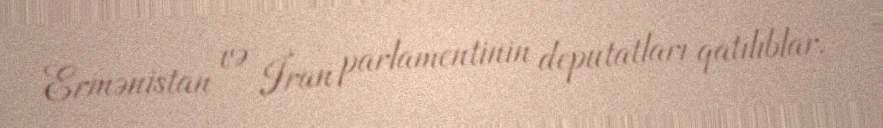
Ermənistan və İran parlamentinin deputatları qatılıblar.